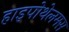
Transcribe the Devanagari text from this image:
हाइपोथेलमस